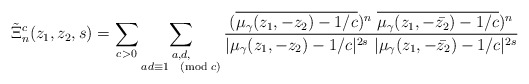
\begin{align*}\tilde{\Xi}_n^{c}(z_1,z_2, s)=\sum_{c> 0}\sum_{\substack{a,d,\\ad \equiv 1 \pmod c}}\frac{(\overline{\mu_{\gamma}(z_1,-z_2)-1/c})^n~ \overline{\mu_{\gamma}(z_1,-\bar{z_2})-1/c})^n}{|\mu_{\gamma}(z_1,-z_2)-1/c|^{2s}~ |\mu_{\gamma}(z_1,-\bar{z_2})-1/c|^{2s}}\end{align*}